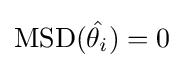
\operatorname {MSD} ({\hat {\theta _{i}}})=0